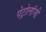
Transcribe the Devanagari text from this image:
पेट्रोलॉजी